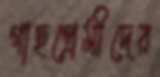
গাছপ্রেমীদের